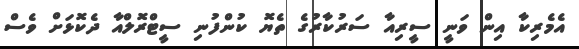
އެމެރިކާ އިން ވަނީ ސީރިއާ ސަރުކާރުގެ ތެޔޮ ކުންފުނި ސީޓްރޮލްއާ ދެކޮޅަށް ވެސް